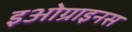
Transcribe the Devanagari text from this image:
इओग्राइनस